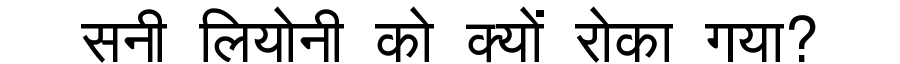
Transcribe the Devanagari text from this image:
सनी लियोनी को क्यों रोका गया?